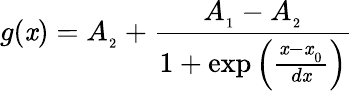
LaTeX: g(\mathit{x})=A_{_{2}}+\frac{{A_{_{1}}-A_{_{2}}}}{{1+\exp\left(\frac{{\mathit{x}-\mathit{x}_{_{0}}}}{{d\mathit{x}}}\right)}}